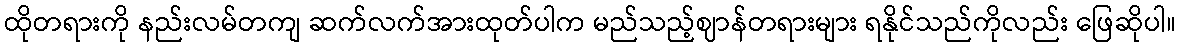
ထိုတရားကို နည်းလမ်တကျ ဆက်လက်အားထုတ်ပါက မည်သည့်ဈာန်တရားများ ရနိုင်သည်ကိုလည်း ဖြေဆိုပါ။